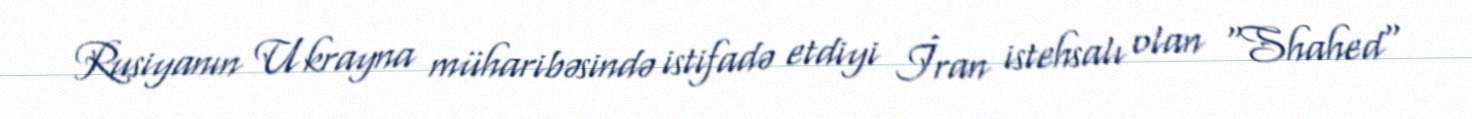
Rusiyanın Ukrayna müharibəsində istifadə etdiyi İran istehsalı olan "Shahed"